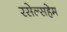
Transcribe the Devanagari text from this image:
रसेल्सहेम